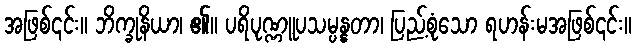
အဖြစ်၎င်း။ ဘိက္ခုနိယာ၊ ၏။ ပရိပုဏ္ဏူပသမ္ပန္နတာ၊ ပြည့်စုံသော ရဟန်းမအဖြစ်၎င်း။